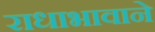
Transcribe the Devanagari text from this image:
राधाभावाने